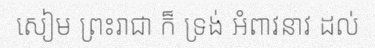
សៀម ព្រះរាជា ក៏ ទ្រង់ អំពាវនាវ ដល់